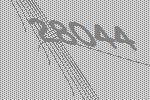
28044